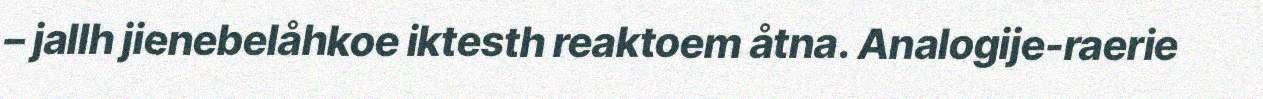
– jallh jienebelåhkoe iktesth reaktoem åtna. Analogije-raerie